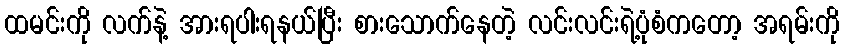
ထမင်းကို လက်နဲ့ အားရပါးရနယ်ပြီး စားသောက်နေတဲ့ လင်းလင်းရဲ့ပုံစံကတော့ အရမ်းကို